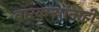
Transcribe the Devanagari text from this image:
वारकर्‍यांनाही